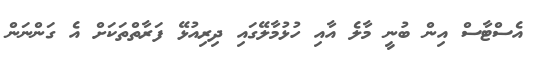
އެސްޓާސް އިން ބުނީ މާލެ އާއި ހުޅުމާލޭގައި ދިރިއުޅޭ ފަރާތްތަކަށް އެ ގަންނަން